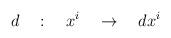
LaTeX: \begin{align*}d\quad : \quad x^i\quad \rightarrow\quad dx^i\end{align*}